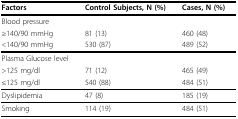
<table><thead><tr><td><b>Factors</b></td><td><b>Control Subjects, N (%)</b></td><td><b>Cases, N (%)</b></td></tr></thead><tbody><tr><td>Blood pressure</td><td></td><td></td></tr><tr><td>≥140/90 mmHg</td><td>81 (13)</td><td>460 (48)</td></tr><tr><td>&lt;140/90 mmHg</td><td>530 (87)</td><td>489 (52)</td></tr><tr><td>Plasma Glucose level</td><td></td><td></td></tr><tr><td>&gt;125 mg/dl</td><td>71 (12)</td><td>465 (49)</td></tr><tr><td>≤125 mg/dl</td><td>540 (88)</td><td>484 (51)</td></tr><tr><td>Dyslipidemia</td><td>47 (8)</td><td>185 (19)</td></tr><tr><td>Smoking</td><td>114 (19)</td><td>484 (51)</td></tr></tbody></table>